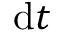
\mathrm { d } t